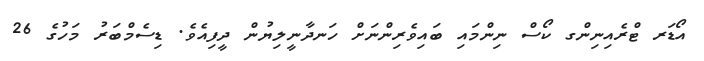
އޯޑަރ ޓްރެއިނިންގ ކޯސް ނިންމައި ބައިވެރިންނަށް ހަނދާނީލިޔުން ދީފިއެވެ. ޑިސެމްބަރު މަހުގެ 26